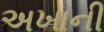
અખાની